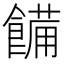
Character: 𩝳